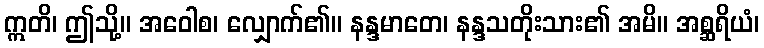
ဣတိ၊ ဤသို့။ အဝေါစ၊ လျှောက်၏။ နန္ဒမာတေ၊ နန္ဒသတိုးသား၏ အမိ။ အစ္ဆရိယံ၊